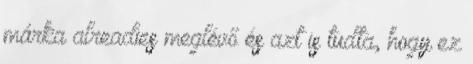
márka alreadies meglévő és azt is tudta, hogy ez